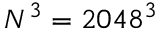
N ^ { 3 } = 2 0 4 8 ^ { 3 }